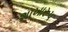
શાખારૂપ